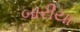
બારીયા